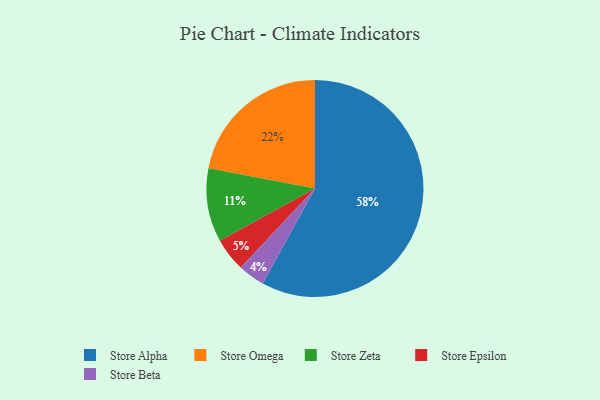
{"axis": {"x": "Category", "y": "Percentage"}, "legend": ["Store Alpha", "Store Beta", "Store Epsilon", "Store Omega", "Store Zeta"], "data": [{"x": "Store Omega", "y": 22, "type": "Store Omega"}, {"x": "Store Beta", "y": 4, "type": "Store Beta"}, {"x": "Store Alpha", "y": 58, "type": "Store Alpha"}, {"x": "Store Zeta", "y": 11, "type": "Store Zeta"}, {"x": "Store Epsilon", "y": 5, "type": "Store Epsilon"}]}